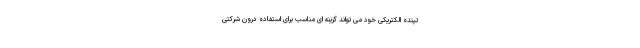
تپنده الکتریکی خود می تواند گزینه ای مناسب برای استفاده درون شرکتی